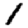
Digit: 1